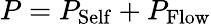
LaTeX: P=P_{\mathrm{Self}}+P_{\mathrm{Flow}}